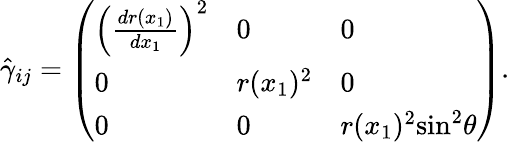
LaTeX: \hat{\gamma}_{ij}=\left(\begin{array}{lll}{\left(\frac{dr(x_{1})}{dx_{1}}\right)^{2}}&{0}&{0}\\ {0}&{r(x_{1})^{2}}&{0}\\ {0}&{0}&{r(x_{1})^{2}\mathrm{sin}^{2}\theta}\end{array}\right).